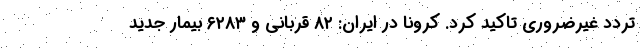
تردد غیرضروری تاکید کرد. کرونا در ایران: ۸۲ قربانی و ۶۲۸۳ بیمار جدید